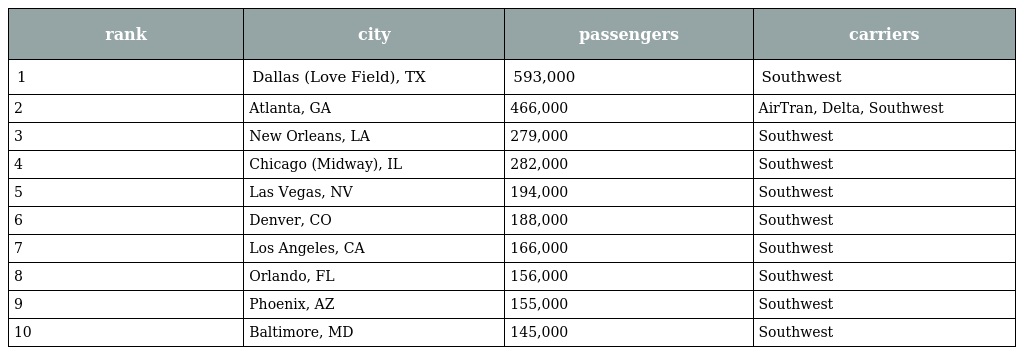
| rank | city | passengers | carriers |
 | --- | --- | --- | --- |
 | 1 | Dallas (Love Field), TX | 593,000 | Southwest |
 | 2 | Atlanta, GA | 466,000 | AirTran, Delta, Southwest |
 | 3 | New Orleans, LA | 279,000 | Southwest |
 | 4 | Chicago (Midway), IL | 282,000 | Southwest |
 | 5 | Las Vegas, NV | 194,000 | Southwest |
 | 6 | Denver, CO | 188,000 | Southwest |
 | 7 | Los Angeles, CA | 166,000 | Southwest |
 | 8 | Orlando, FL | 156,000 | Southwest |
 | 9 | Phoenix, AZ | 155,000 | Southwest |
 | 10 | Baltimore, MD | 145,000 | Southwest |